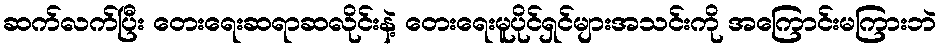
ဆက်လက်ပြီး တေးရေးဆရာဆလိုင်းနဲ့ တေးရေးမူပိုင်ရှင်များအသင်းကို အကြောင်းမကြားဘဲ